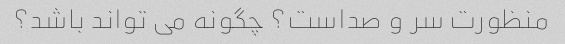
منظورت سر و صداست؟ چگونه می تواند باشد؟